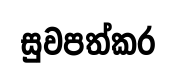
සුවපත්කර